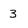
Character: 3